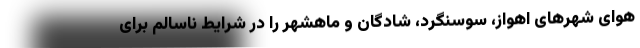
هوای شهرهای اهواز، سوسنگرد، شادگان و ماهشهر را در شرایط ناسالم برای